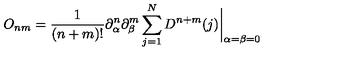
O _ { n m } = { \frac { 1 } { ( n + m ) ! } } \partial _ { \alpha } ^ { n } \partial _ { \beta } ^ { m } \sum _ { j = 1 } ^ { N } D ^ { n + m } ( j ) \biggr | _ { \alpha = \beta = 0 }